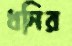
ধনির